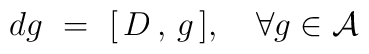
dg\,\,=\,\,[\,D\,,\,g\,], \,\,\,\,\,\,\forall g \in {\cal A}